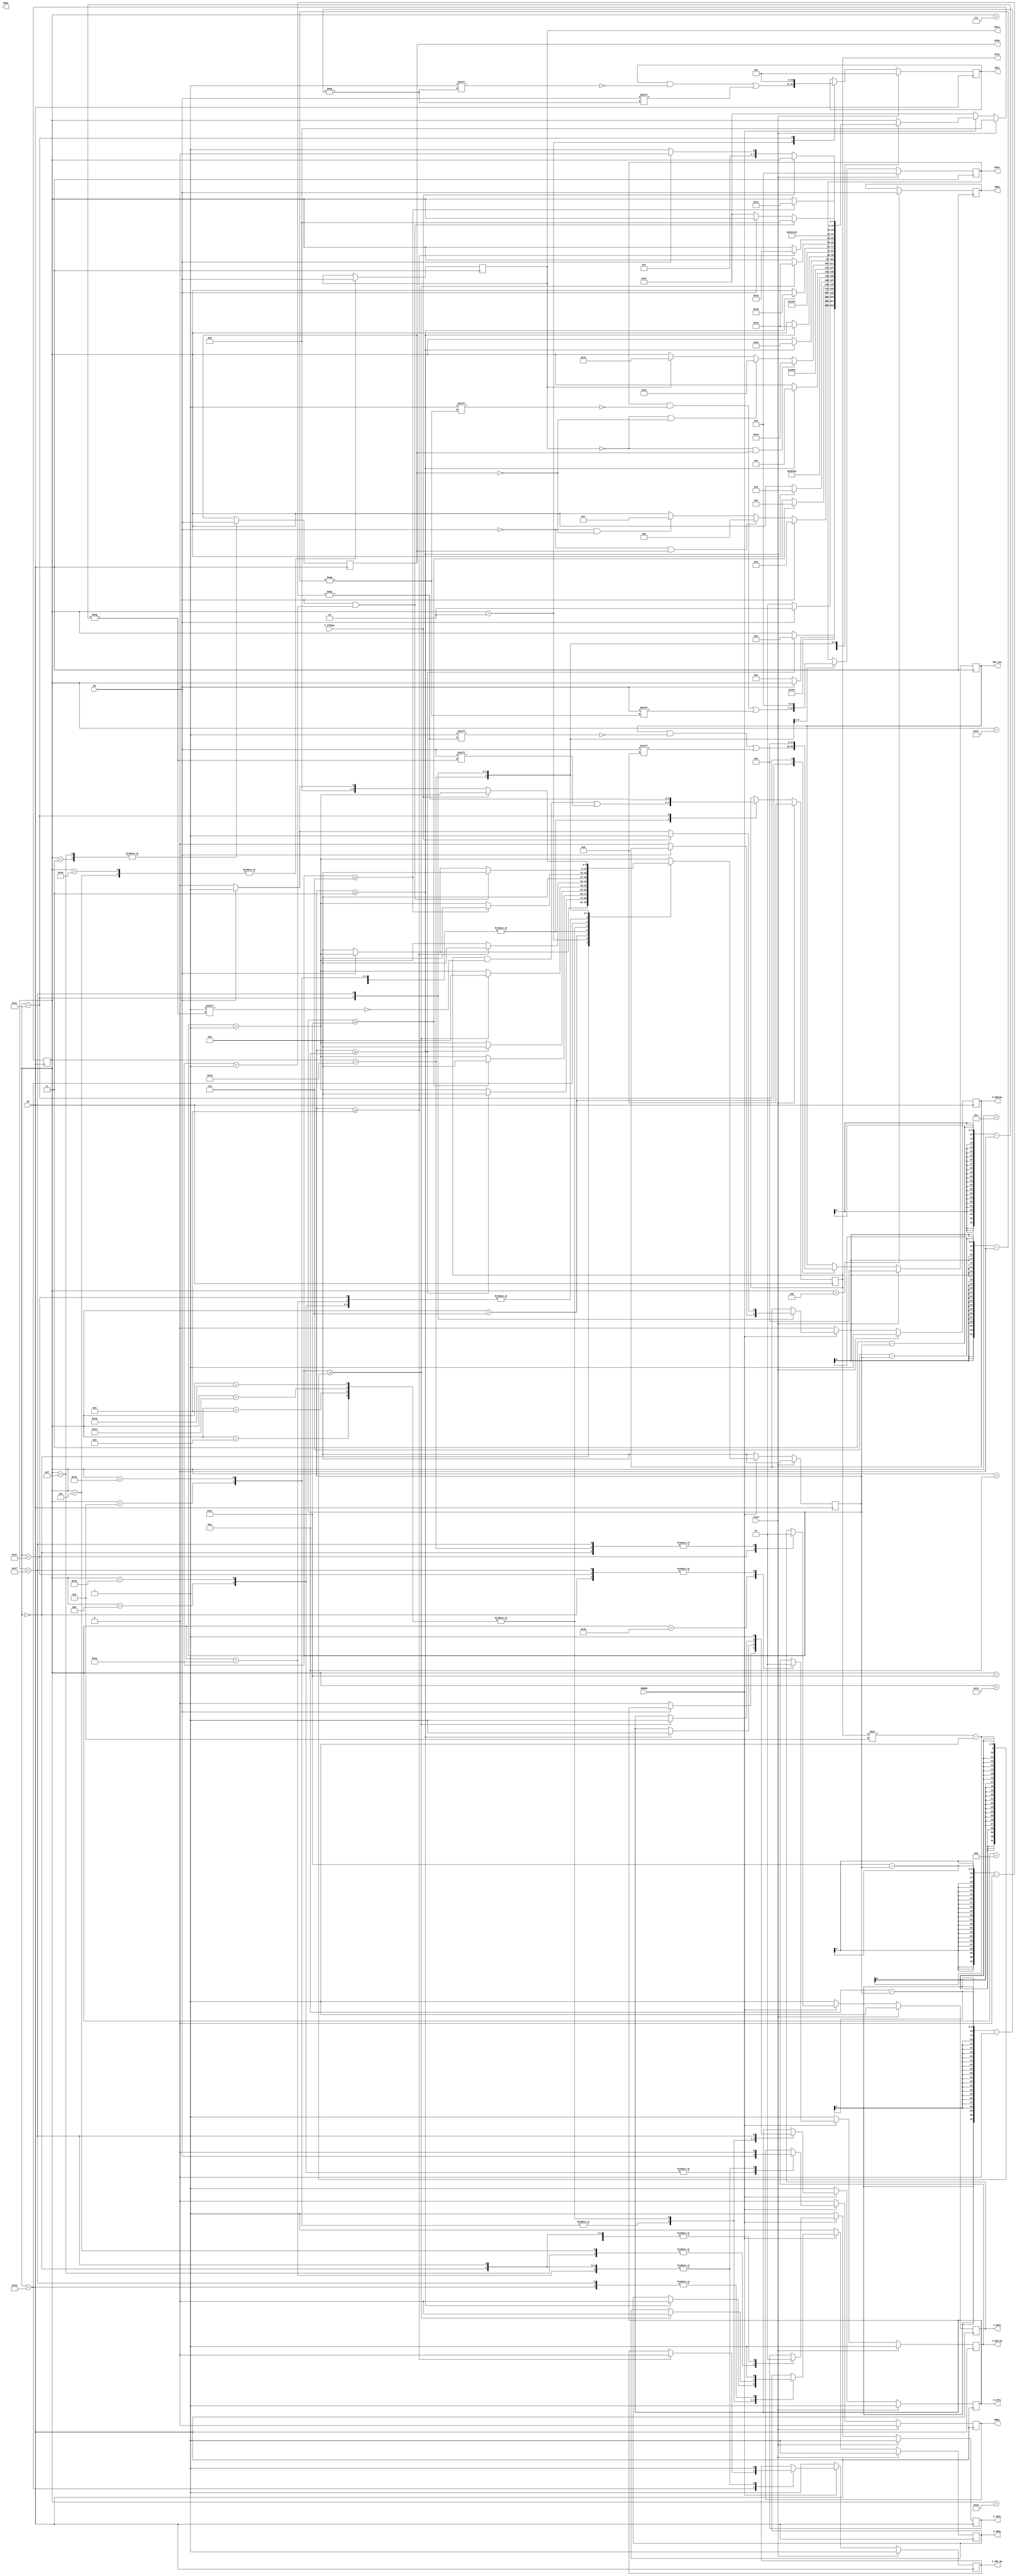
//BASE REMOTE FRAME MAKER

module BR_Frame_Maker(input reset, RX, SP, ERROR, F_ITMSSw,
                output wire F_OVRLDw,
                output wire RTRw, IDEw, EDLw, BRSw,
                output wire F_STFw, F_EOFw, F_CRCw, F_IDFw, F_ACK_Dw, F_CRC_Dw,
                output wire [10:0] IDFw,
                output wire [17:0] IDF_exw,
                output wire [3:0] DLCw,
                output wire [14:0] CRCw,
                output wire [6:0] EOFw
               );

	reg [8:0] cont;
	reg [7:0] estado_atual;
	reg [7:0] state_machine;
	reg F_OVRLD;
   reg RTR, IDE, EDL, BRS;
   reg F_STF, F_EOF, F_CRC, F_IDF, F_ACK_D, F_CRC_D;
   reg [10:0] IDF;
   reg [17:0] IDF_ex;
   reg [3:0] DLC;
   reg [14:0] CRC;
   reg [6:0] EOF;
	reg ACK_d, CRC_d;
  
  	initial F_OVRLD = 1'b1;
	initial cont = 9'd0;
	initial estado_atual = 8'd0;
	initial BRS = 1'b0;
	initial F_CRC = 1'b1;
	initial F_STF = 1'b1;
	initial F_EOF = 1'b1;
	initial F_IDF = 1'b1;
	initial F_ACK_D = 1'b1;
	initial F_CRC_D = 1'b1;
	
	assign F_OVRLDw = F_OVRLD;
   assign RTRw = RTR;
	assign IDEw = IDE;
	assign EDLw = EDL;
	assign BRSw = BRS;
	assign F_STFw = F_STF;
	assign F_EOFw = F_EOF;
	assign F_CRCw = F_CRC;
	assign F_IDFw = F_IDF;
	assign F_ACK_Dw = F_ACK_D;
	assign F_CRC_Dw = F_CRC_D;
	assign IDFw = IDF;
	assign IDF_exw = IDF_ex;
	assign DLCw = DLC;
	assign CRCw = CRC;
	assign EOFw = EOF;

  
parameter sts1 = 0, sts2 = 1, sts3 = 2, sts4 = 3, sts5 = 4, sts_B6 = 5, sts_E6 = 6, sts_BCD7 = 7,
  			sts_BCR7 = 8, sts_BCD8 = 9, sts_BF7 = 10, sts_BF8 = 11, sts_BF9 = 12, sts_BF10 = 13, 
  			sts_BF11 = 14, sts_E7 = 15, sts_E8 = 16, sts_E9 = 17, sts_ECD10 = 18, sts_ECR10 = 19,
  			sts_ECD11 = 20, sts_EF10 = 21, sts_EF11 = 22, sts_EF12 = 23, sts_EF13 = 24, sts_I = 25,
			sts_II = 26, sts_III = 27, sts_IV = 28, sts_V = 29, sts_INT = 30, sts_OVL = 31;

 
always @(posedge SP) begin

	cont <= cont + 9'd1;

	case(estado_atual)
		sts1: begin		//BUS IDLE
			if (RX == 1'b1)begin
				$display("Estou no Bus Idle");
			end
			BRS <= 1'b0;
			F_EOF <= 1'b1;
			F_IDF <= 1'b1;
			F_ACK_D <= 1'b1;
			F_CRC_D <= 1'b1;
			if (RX == 1'b0)begin	//J estou no bit de SOF
				$display("\n\n");
				$display("Estou no SOF");
				F_STF <= 1'b0;
				estado_atual <= sts3;
				cont <= 9'd0;
			end
		end
		sts3: begin		//IDENTIFIER
			IDF [10-cont] <= RX;
			$display("Estou no Identifier %d", cont+1);
			//$display("Contador: %d" , cont);
			if (cont >= 9'd10)begin
				//$display("Contador: %d" , cont);
				estado_atual <= sts4;
				cont <= 9'd0;
			end
		end
		sts4: begin		//RTR
			$display("Estou no RTR");
			estado_atual <= sts5;
			cont <= 9'd0;
			RTR <= RX;
		end
		sts5: begin		//IDE
			IDE <= RX;
			$display("Estou no IDE");
			if (RX == 1'b0)begin
				estado_atual <= sts_B6;
			end
			if (RX == 1'b1)begin
				estado_atual <= sts_E6;
			end
			cont <= 9'd0;
		end
		sts_B6: begin		//EDL Base
			EDL <= RX;
			F_IDF <= 1'b0;
			$display("Estou no EDL Base");
			if (RX == 1'b0 && RTR == 1'b0)begin
				estado_atual <= sts_BCD7;
			end
			if (RX == 1'b0 && RTR == 1'b1)begin
				estado_atual <= sts_BCR7;
			end
			if (RX == 1'b1)begin
				estado_atual <= sts_BF7;
			end
			cont <= 9'd0;
		end
		sts_E6: begin		//IDENTIFIER EXTENSION EXTENDED
			$display("Estou no Idf extended %d", cont+1);
			IDF_ex [17-cont] <= RX;
			if (cont >= 9'd17)begin
				estado_atual <= sts_E7;
				cont <= 9'd0;
			end
		end

	  //---------------Estados de CAN BASE (BC)---------------//

			
		sts_BCD7: begin		//DLC CAN Data
			F_IDF <= 1'b1;
			$display("Estou no DLC do CAN Base Data %d", cont+1);
			//$display("Contador: %d" , cont);
			DLC [3-cont] <= RX;
			if (cont >= 9'd3)begin
				//$display("Vou mudar pro Data Field");
				//$display("Contador: %d" , cont);
				estado_atual <= sts_BCD8;
				cont <= 9'd0;
			end
		end
		sts_BCR7: begin		//DLC CAN Remote
			F_IDF <= 1'b1;
			$display("Estou no DLC do CAN Base Remote %d", cont+1);
			DLC [3-cont] <= RX;
			if (cont >= 9'd3)begin
				estado_atual <= sts_I;
				cont <= 9'd0;
				F_CRC <= 1'b0;
				F_STF <= 1'b1;
			end
		end
		sts_BCD8: begin		//DATA FIELD
			$display("Estou no Data Field %d", cont+1);
			if (cont >= (DLC*8)-1)begin  //Verificar esta comparao
				estado_atual <= sts_I;
				cont <= 9'd0;
				F_CRC <= 1'b0;
				F_STF <= 1'b1;
		  end
		end

		//---------------Estados de CAN BASE FD (BF)---------------//
		
		
		sts_BF7: begin		//Dummy STATE
			F_IDF <= 1'b1;
			$display("Estou no Dummy State do Can Base FD");
			estado_atual <= sts_BF8;
			cont <= 9'd0;
		end
		sts_BF8: begin		//BRS
			BRS <= RX;
			$display("Estou no BRS");
			estado_atual <= sts_BF9;
			cont <= 9'd0;
		end
		sts_BF9: begin		//ESI
			$display("Estou no ESI");
			estado_atual <= sts_BF10;
			cont <= 9'd0;
		end
		sts_BF10: begin		//DLC_FD
			$display("Estou no DLC do CAN Base FD %d", cont+1);
			DLC [3-cont] <= RX;
			if (cont >= 9'd3)begin
				estado_atual <= sts_BF11;
				cont <= 9'd0;
			end
		end
		sts_BF11: begin		//DATA_FIELD_FD
			$display("Estou no Data Field %d", cont+1);
			if (cont >= (DLC*8)-1)begin  //Verificar esta comparao
				estado_atual <= sts_I;
				cont <= 9'd0;
				F_CRC <= 1'b0;
				F_STF <= 1'b1;
		  end
		end

	  //---------------Estados de CAN EXTENDED (E)---------------//

		sts_E7: begin			//RTR EXTENDED
			RTR <= RX;
			F_IDF <= 1'b0;
			$display("Estou no RTR do CAN Extended");
			$display("RX: %d", RX);
			estado_atual <= sts_E8;
			cont <= 9'd0;
		end
		sts_E8: begin			//EDL
			EDL <= RX;
			F_IDF <= 1'b1;
			$display("Estou no EDL");
			$display("RX: %d", RX);
			estado_atual <= sts_E9;
			cont <= 9'd0;
		end
		sts_E9: begin			//r0
			$display("Estou no r0");
			$display("EDL: %d", EDL);
			if(EDL == 1'b1)begin
				estado_atual <= sts_EF10;
			end
			if(EDL == 1'b0 && RTR == 1'b0)begin
				estado_atual <= sts_ECD10;
			end
			if(EDL == 1'b0 && RTR == 1'b1)begin
				estado_atual <= sts_ECR10;
			end
			cont <= 9'd0;
		end

	  //---------------Estados de CAN EXTENDED COMUM (EC)---------------//

		sts_ECD10: begin			//DLC EXTENDED DATA
			$display("Estou no DLC do CAN Extended DATA %d", cont+1);
			DLC [3-cont] <= RX;
			if (cont >= 9'd3)begin
				estado_atual <= sts_ECD11;
				cont <= 9'd0;
			end
		end
		sts_ECR10: begin			//DLC EXTENDED REMOTE
			$display("Estou no DLC do CAN Extended Remote %d", cont+1);
			DLC [3-cont] <= RX;
			if (cont >= 9'd3)begin
				estado_atual <= sts_I;
				cont <= 9'd0;
				F_CRC <= 1'b0;
				F_STF <= 1'b1;
			end
		end
		sts_ECD11: begin			//DATA FIELD
			$display("Estou no Data Field %d", cont+1);
			if (cont >= (DLC*8)-1)begin  //Verificar esta comparao
				estado_atual <= sts_I;
				cont <= 9'd0;
				F_CRC <= 1'b0;
				F_STF <= 1'b1;
			end
		end

	  //---------------Estados de CAN EXTENDED FD (EF)---------------//

		sts_EF10: begin			//BRS FD
			BRS <= RX;
			$display("Estou no BRS do CAN Extended FD");
			estado_atual <= sts_EF11;
			cont <= 9'd0;
		end
		sts_EF11: begin			//ESI_FD
			$display("Estou no ESI do CAN Extended FD");
			estado_atual <= sts_EF12;
			cont <= 9'd0;
		end
		sts_EF12: begin			//DLC_FD
			$display("Estou no DLC do CAN Extended FD %d", cont+1);
			DLC [3-cont] <= RX;
			if(cont>= 9'd3)begin
				estado_atual <= sts_EF13;
				cont <= 9'd0;
			end
		end
		sts_EF13: begin			//DATA_FIELD_FD
			$display("Estou no Data Field %d", cont+1);
			if (cont >= (DLC*8)-1)begin    	
				estado_atual <= sts_I;
				cont <= 9'd0;
				F_CRC <= 1'b0;
				F_STF <= 1'b1;
			end
		end

	  //---------------Tratando estados finais---------------//
 
		sts_I: begin		//CRC
			$display("Estou no CRC %d", cont+1);
			$display("Contador: %d", cont);
			F_CRC <= 1'b1;
			if (cont >= 9'd14)begin
				estado_atual <= sts_II;
				cont <= 9'd0;
				F_CRC_D <= 1'b0;
			end
		end
		sts_II: begin		//CRC Delimiter
			F_CRC_D <= 1'b1;
			BRS <= 1'b0;
			CRC_d <= RX;
			$display("Estou no CRC Delimiter");
			estado_atual <= sts_III;
			cont <= 9'd0;
		end
		sts_III: begin		//ACK
			F_ACK_D <= 1'b0;
			$display("Estou no ACK");
			estado_atual <= sts_IV;
			cont <= 9'd0;
		end
		sts_IV: begin		//ACK Delimiter
			F_ACK_D <= 1'b1;
			F_EOF <= 1'b0;
			ACK_d <= RX;
			$display("Estou no ACK Delimiter");
			estado_atual <= sts_V;
			cont <= 9'd0;
		end
		sts_V: begin		//EOF
			F_EOF <= 1'b1;
			$display("Estou no EOF %d", cont+1);
			EOF[6-cont] <= RX;
			if (cont >= 9'd6)begin
				estado_atual <= sts_INT;
				cont <= 9'd0;
			end
		end
		
	  //---------------Tratando INTERMISSION, ERROR e OVERLOAD---------------//

		sts_INT:begin			//INTERMISSION
			if(cont == 9'd0)begin
				$display("\n");
				$display("----------RELATORIO DO FRAME----------");
				$display("\n");
				$display("RTR: %d 0(Data) e 1(Remote)", RTRw);
				$display("IDE: %d 0(Base) e 1(Extended)", IDEw);
				$display("EDL: %d 0(CAN) e 1(CAN FD)", EDLw);
				$display("BRS: %d 0(Mantem) e 1(Muda)", BRSw);
				$display("Identifier: %d" , IDFw);
				$display("Identifier Extended: %d" , IDF_exw);
				$display("DLC: %d" , DLCw);
				$display("EOF: %d (Tem que ser 127)" , EOFw);
				$display("CRC Delimiter: %d" , CRC_d);
				$display("ACK Delimiter: %d" , ACK_d);
				$display("\n");		
			end
			IDF <= 11'd0;
         IDF_ex <= 18'd0;
         DLC <= 4'd0;
         EOF <= 7'd0;
			if (RX == 1'b1)begin	
				$display("Estou no Intermission");
			end
			if (RX == 1'b0)begin							//Nesse caso, j estamos no primeiro
				estado_atual <= sts_OVL;				//bit de Overload
				cont <= 9'd0;
				F_OVRLD <= 1'b0;
				$display("\n\n");
				$display("Estou no Primeiro Bit de Overload");
			end
			if (RX == 1'b1 && cont == 9'd1)begin	//Vou para o BUS IDLE
				estado_atual <= sts1;
				cont <= 9'd0;
			end
		end
		sts_OVL:begin			//OVERLOAD AND ERROR
			if (F_ITMSSw == 1'b1)begin
				$display("Estou no Overload ou Error");
			end
			F_OVRLD <= 1'b1;
			F_CRC <= 1'b1;
			F_STF <= 1'b1;
			BRS <= 1'b0;
			F_EOF <= 1'b1;
			F_IDF <= 1'b1;
			F_ACK_D <= 1'b1;
			F_CRC_D <= 1'b1;
			if (F_ITMSSw == 1'b0)begin		//Primeiro bit do INTERMISSON
				if (RX == 1'b1)begin
					$display("Estou no Primeiro Bit de Intermission");
				end
				if (RX == 1'b0)begin			//Nesse caso, j estamos no primeiro
					estado_atual <= sts_OVL;//bit de Overload
					cont <= 9'd0;
					F_OVRLD <= 1'b0;
					$display("\n\n");
					$display("Estou no Primeiro Bit de Overload");
				end
				else begin
					estado_atual <= sts_INT;	//INTERMISSION
					cont <= 9'd1;
				end
			end
		end
	endcase
	
	if(reset == 1)begin
		$display("\n\n");
		$display("Estou resetando");
		cont <= 9'd0;
		estado_atual <= sts1;
		F_OVRLD <= 1'b1;
		F_STF <= 1'b1;
		F_CRC <= 1'b1;
		BRS <= 1'b0;
		F_EOF <= 1'b1;
		F_IDF <= 1'b1;
		F_ACK_D <= 1'b1;
		F_CRC_D <= 1'b1;
		IDF <= 11'd0;
      IDF_ex <= 18'd0;
      DLC <= 4'd0;
      EOF <= 7'd0;
	end
	else begin
		if(ERROR == 0)begin		//Estou no primeiro bit de ERROR
			$display("\n\n");
			$display("Estou no primeiro Bit de Erro");
				$display("\n\n");
				$display("----------RELATORIO DO FRAME----------");
				$display("\n");
				$display("RTR: %d 0(Data) e 1(Remote)", RTRw);
				$display("IDE: %d 0(Base) e 1(Extended)", IDEw);
				$display("EDL: %d 0(CAN) e 1(CAN FD)", EDLw);
				$display("BRS: %d 0(Mantem) e 1(Muda)", BRSw);
				$display("Identifier: %d" , IDFw);
				$display("Identifier Extended: %d" , IDF_exw);
				$display("DLC: %d" , DLCw);
				$display("EOF: %d (Tem que ser 127)" , EOFw);
				$display("CRC Delimiter: %d" , CRC_d);
				$display("ACK Delimiter: %d" , ACK_d);
				$display("\n");		
			cont <= 9'd0;
			estado_atual <= sts_OVL;
			F_OVRLD <= 1'b0;
			F_STF <= 1'b1;
			F_CRC <= 1'b1;
			BRS <= 1'b0;
			F_EOF <= 1'b1;
			F_IDF <= 1'b1;
			F_ACK_D <= 1'b1;
			F_CRC_D <= 1'b1;
		end
	end
end
endmodule